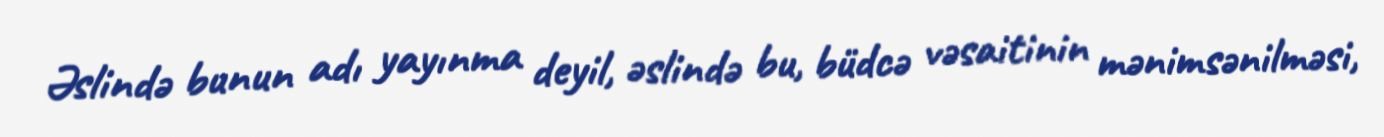
Əslində bunun adı yayınma deyil, əslində bu, büdcə vəsaitinin mənimsənilməsi,